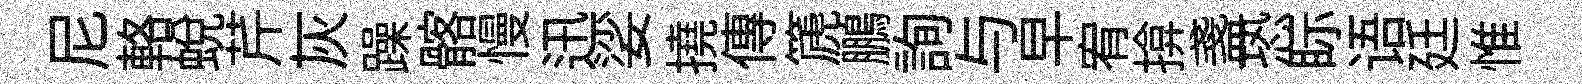
尼輅蜕芹灰躁髂慢迅娑撓傳篪鵬詢与早宥揜盞恐眎语廷惟